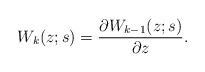
LaTeX: \begin{gather*}W_k(z;s)=\frac{\partial W_{k-1}(z;s)}{\partial z}.\end{gather*}